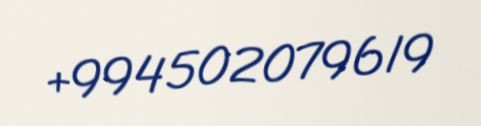
+994502079619